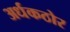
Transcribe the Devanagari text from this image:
अर्धकठोर